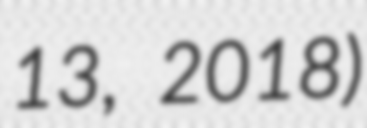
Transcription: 13, 2018)